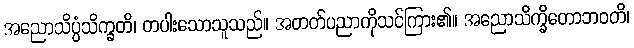
အညောသိပ္ပံသိက္ခတိ၊ တပါးသောသူသည်။ အတတ်ပညာကိုသင်ကြား၏။ အညောသိက္ခိတောဘဝတိ၊